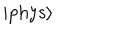
\left| \mathrm { p h y s } \right\rangle